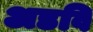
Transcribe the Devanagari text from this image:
अडवि